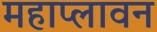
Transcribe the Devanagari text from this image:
महाप्लावन